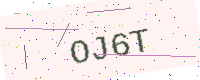
Text: OJ6T